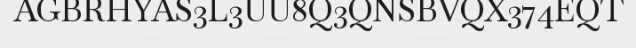
AGBRHYAS3L3UU8Q3QNSBVQX374EQT